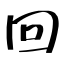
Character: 回